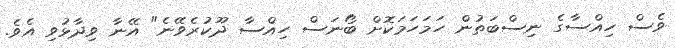
ވެސް ހިއްސާގެ ނިސްބަތުން ހަމަހަމަކޮށް ބޯނަސް ހިއްސާ ދޫކުރެވޭނެ" އޭނާ ވިދާޅުވި އެވެ.